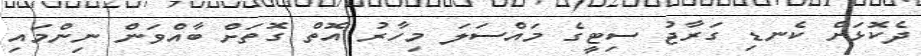
ދެކޮޅަށް ކެނޑި ގަރާޖު ސިޓީގެ މައްސަލަ މިހާރު އޮތް ގޮތަށް ބާއްވަން ނިންމައި